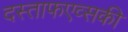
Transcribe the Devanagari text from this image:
दस्ताफएव्सकी